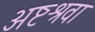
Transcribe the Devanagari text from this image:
अष्टश्रवा